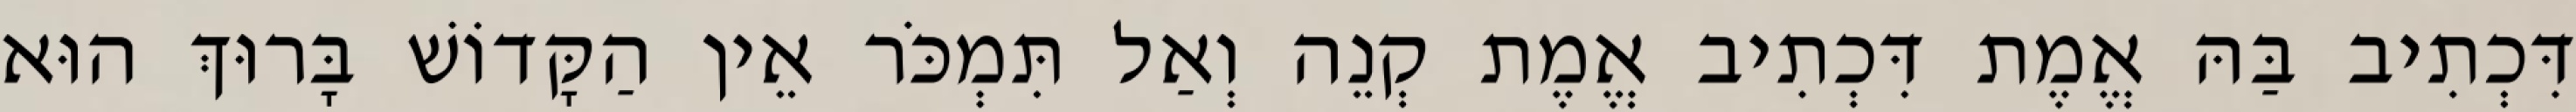
דִּכְתִיב בַּהּ אֱמֶת דִּכְתִיב אֱמֶת קְנֵה וְאַל תִּמְכֹּר אֵין הַקָּדוֹשׁ בָּרוּךְ הוּא